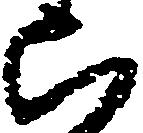
山